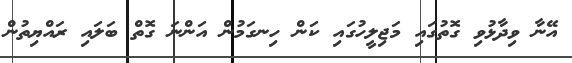
އޭނާ ވިދާޅުވި ގޮތުގައި މަޖިލީހުގައި ކަން ހިނގަމުން އަންނަ ގޮތް ބަލައި ރައްޔިތުން